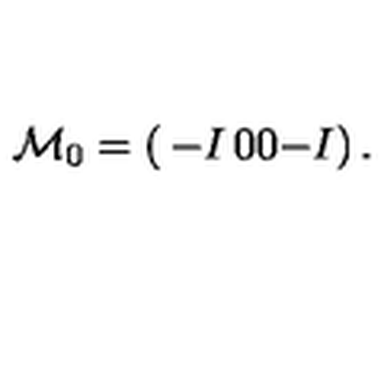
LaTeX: { \cal M } _ { 0 } = \left( \begin{matrix} { - I } & { 0 } \\ { 0 } & { - I } \\ \end{matrix} \right) .